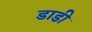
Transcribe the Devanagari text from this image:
डाडी